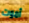
أموت